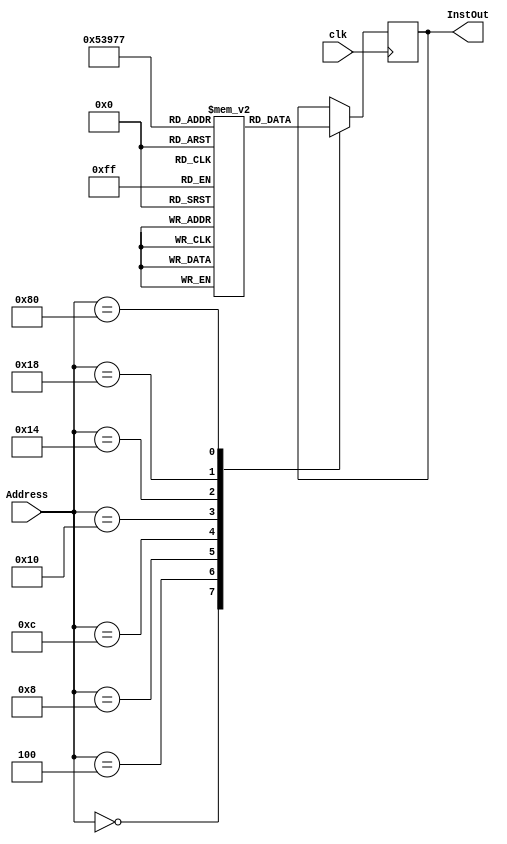
module ROM(Address, InstOut, clk);
	input[31:0]Address;
	input clk;
	
	output reg[31:0] InstOut;
	
	reg[31:0]Instructions[7:0];
	
	initial begin
		Instructions[0] = 32'h00c20213;
		Instructions[1] = 32'h00708093;
		Instructions[2] = 32'h00510113;
		Instructions[3] = 32'h02018193;
		Instructions[4] = 32'h002082B3;
		Instructions[5] = 32'h00302023;
		Instructions[6] = 32'h06520263;
		Instructions[7] = 32'h00002303;
	end

	always @(posedge clk) begin
		case (Address) 
			8'h0 : InstOut = Instructions[0];
			8'h4 : InstOut = Instructions[1];
			8'h8 : InstOut = Instructions[2];
			8'hc : InstOut = Instructions[3];
			8'h10 : InstOut = Instructions[4];
			8'h14 : InstOut = Instructions[5];
			8'h18 : InstOut = Instructions[6];
			8'h80 : InstOut = Instructions[7];
		endcase
	end
endmodule